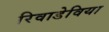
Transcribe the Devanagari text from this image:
रिवाडेविया